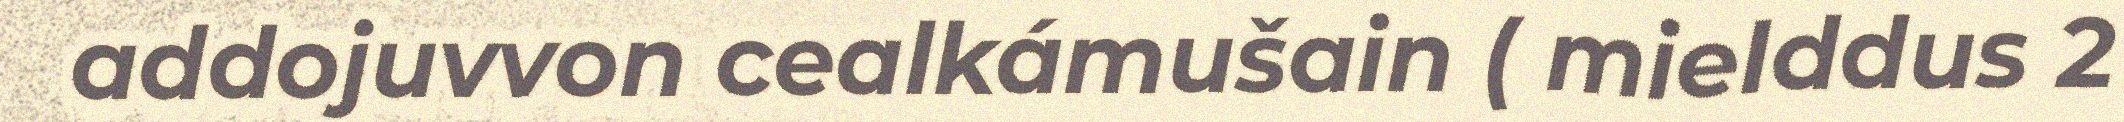
addojuvvon cealkámušain ( mielddus 2